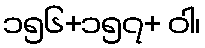
၁၅၆+၁၅၇+ ဝါ၊